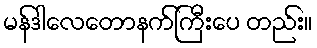
မန်ဒါလေတောနက်ကြီးပေ တည်း။